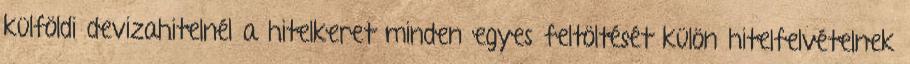
külföldi devizahitelnél a hitelkeret minden egyes feltöltését külön hitelfelvételnek